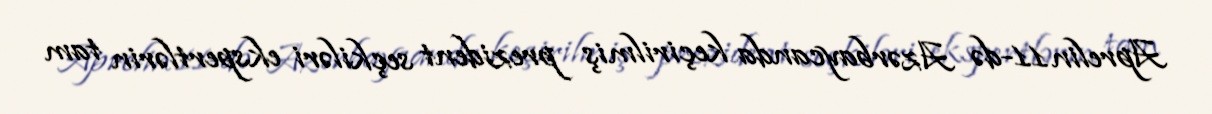
Aprelin 11-də Azərbaycanda keçirilmiş prezident seçkiləri ekspertlərin tam